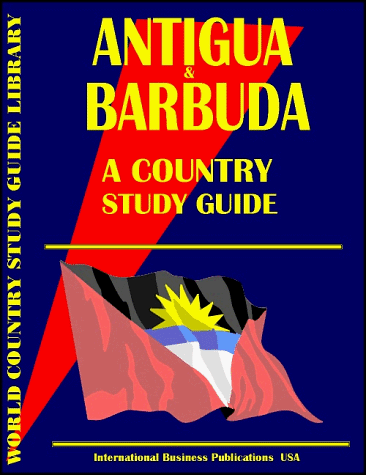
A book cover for Antigua and Barbuda Country Study Guide (World Country; Ibp Usa; Travel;